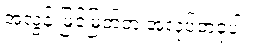
အလွန် မြင့်မြတ်တဲ့ အလုပ်တခုပါ။